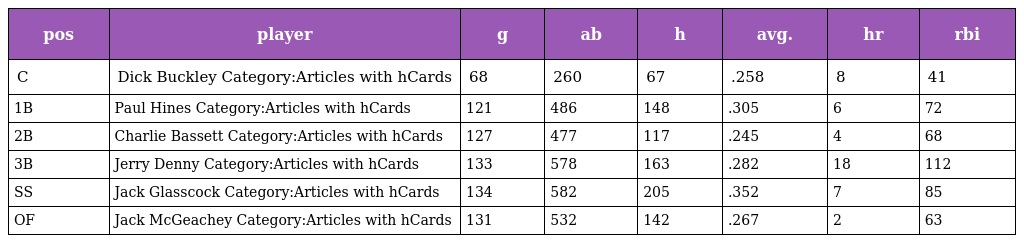
| pos | player | g | ab | h | avg. | hr | rbi |
 | --- | --- | --- | --- | --- | --- | --- | --- |
 | C | Dick Buckley Category:Articles with hCards | 68 | 260 | 67 | .258 | 8 | 41 |
 | 1B | Paul Hines Category:Articles with hCards | 121 | 486 | 148 | .305 | 6 | 72 |
 | 2B | Charlie Bassett Category:Articles with hCards | 127 | 477 | 117 | .245 | 4 | 68 |
 | 3B | Jerry Denny Category:Articles with hCards | 133 | 578 | 163 | .282 | 18 | 112 |
 | SS | Jack Glasscock Category:Articles with hCards | 134 | 582 | 205 | .352 | 7 | 85 |
 | OF | Jack McGeachey Category:Articles with hCards | 131 | 532 | 142 | .267 | 2 | 63 |